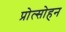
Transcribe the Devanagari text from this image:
प्रोत्साेहन